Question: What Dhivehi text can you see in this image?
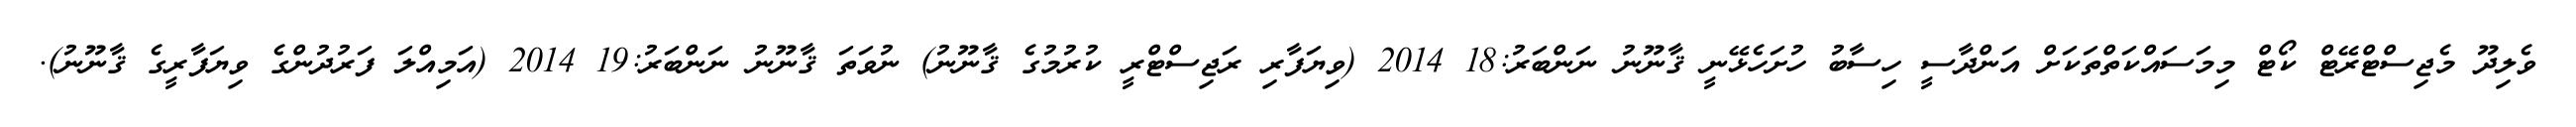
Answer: ވެލިދޫ މެޖިސްޓްރޭޓް ކޯޓް މިމަސައްކަތްތަކަށް އަންދާސީ ހިސާބު ހުށަހެޅޭނީ ޤާނޫނު ނަންބަރު:18 2014 (ވިޔަފާރި ރަޖިސްޓްރީ ކުރުމުގެ ޤާނޫނު) ނުވަތަ ޤާނޫނު ނަންބަރު:19 2014 (އަމިއްލަ ފަރުދުންގެ ވިޔަފާރީގެ ޤާނޫނު).